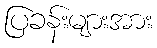
ပြခန်းများအား